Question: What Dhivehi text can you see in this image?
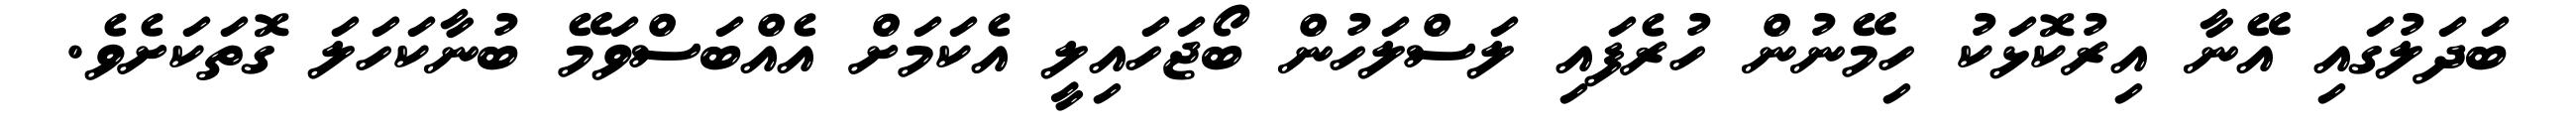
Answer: ބަދަލުގައި އޭނާ އިރުކޮޅަކު ހިމޭނުން ހުރެފައި ލަސްލަހުން ބޯޖަހައިލީ އެކަމަށް އެއްބަސްވަމޭ ބުނާކަހަލަ ގޮތަކަށެވެ.